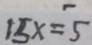
1 5 x = 5